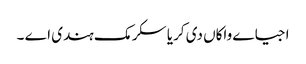
اجیاے واکاں دی کریا سکرمک ہندی اے ۔